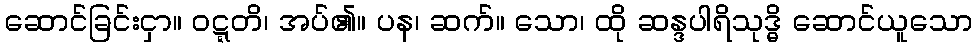
ဆောင်ခြင်းငှာ။ ဝဋ္ဋတိ၊ အပ်၏။ ပန၊ ဆက်။ သော၊ ထို ဆန္ဒပါရိသုဒ္ဓိ ဆောင်ယူသော